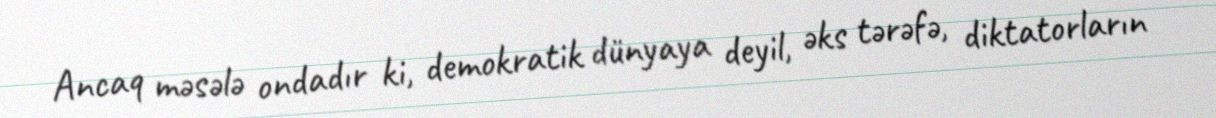
Ancaq məsələ ondadır ki, demokratik dünyaya deyil, əks tərəfə, diktatorların